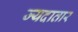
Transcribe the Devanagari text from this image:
ज्यदातार